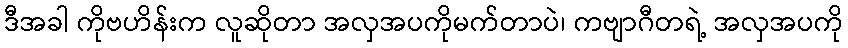
ဒီအခါ ကိုဗဟိန်းက လူဆိုတာ အလှအပကိုမက်တာပဲ၊ ကဗျာဂီတရဲ့ အလှအပကို